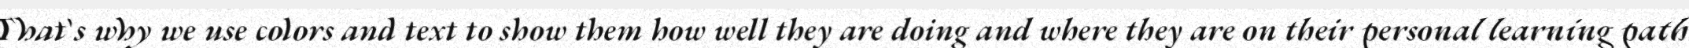
That's why we use colors and text to show them how well they are doing and where they are on their personal learning path.